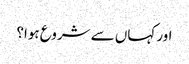
اور کہاں سے شروع ہوا؟